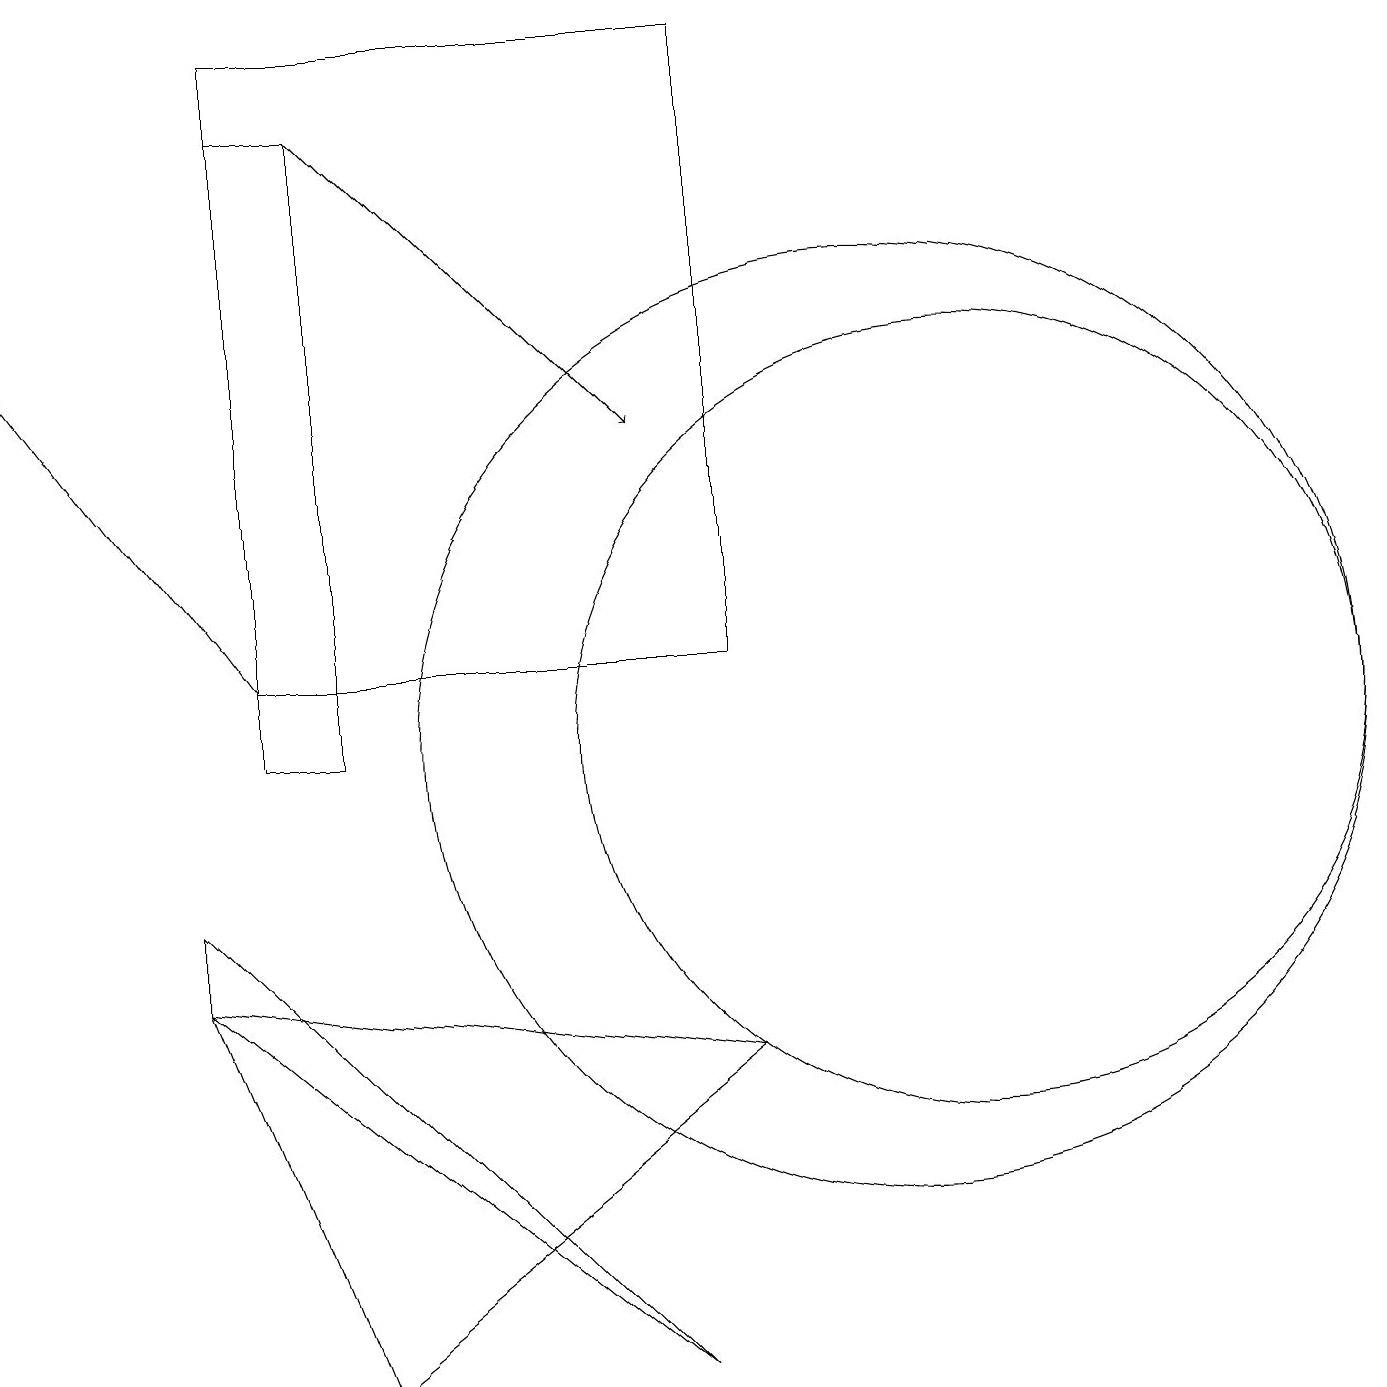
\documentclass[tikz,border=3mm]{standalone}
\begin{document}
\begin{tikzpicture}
\draw (3,10) rectangle (4,18);
\draw (8,2) -- (2,7) -- (2,8) -- cycle;
\draw (12,10) circle (5);
\draw (2,7) -- (9,6) -- (4,2) -- cycle;
\draw[->] (3,11) -- (0,15);
\draw (3,19) rectangle (9,11);
\draw[->] (4,18) -- (8,14);
\draw (11,10) circle (6);
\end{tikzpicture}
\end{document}